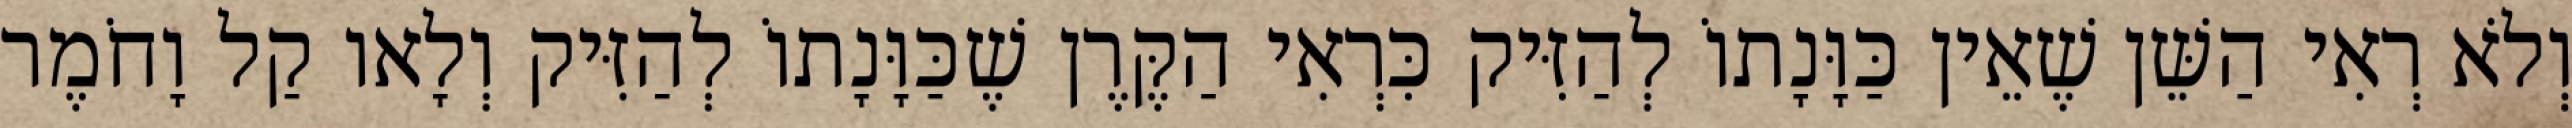
וְלֹא רְאִי הַשֵּׁן שֶׁאֵין כַּוָּנָתוֹ לְהַזִּיק כִּרְאִי הַקֶּרֶן שֶׁכַּוָּנָתוֹ לְהַזִּיק וְלָאו קַל וָחֹמֶר